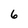
Character: 6